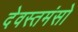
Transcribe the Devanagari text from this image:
देवस्तमंसो